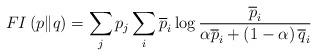
LaTeX: \begin{align*}FI\left(p\|q\right)=\sum_{j}p_{j}\sum_{i}\overline{p}_{i}\log\frac{\overline{p}_{i}}{\alpha \overline{p}_{i}+\left(1-\alpha\right)\overline{q}_{i}}\end{align*}